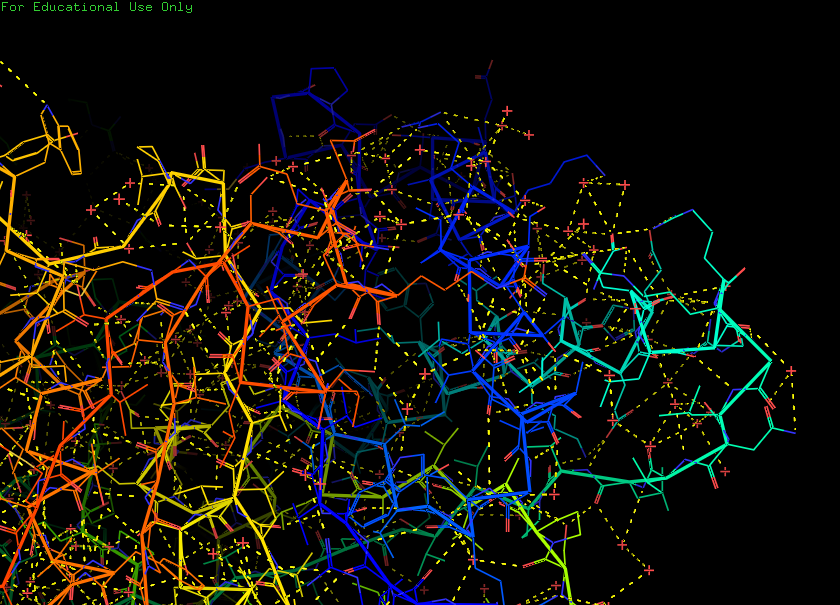
pymol, preset, technical